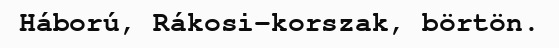
Háború, Rákosi-korszak, börtön.